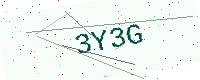
Text: 3Y3G